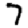
Digit: 7